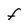
Character: F